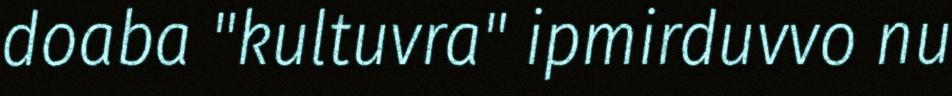
doaba "kultuvra" ipmirduvvo nu